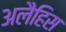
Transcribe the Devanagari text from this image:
अलैहिस